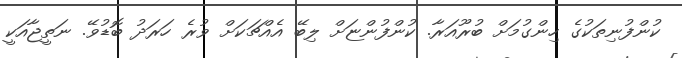
ކުންފުނިތަކުގެ ހިންގުމަށް ބުރޫއަރާ. ކުންފުންޏަށް ލިބޭ އެއްޗަކަށް ވުރެ ހަރަދު ބޮޑުވޭ. ނަތީޖާއަކީ